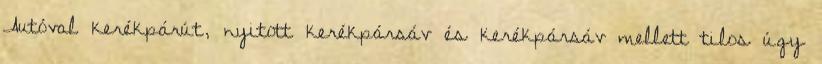
Autóval kerékpárút, nyitott kerékpársáv és kerékpársáv mellett tilos úgy